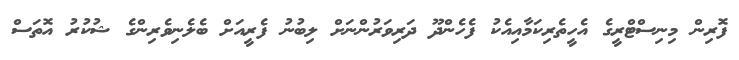
ފޮރިން މިނިސްޓްރީގެ އެހީތެރިކަމާއިއެކު ފެހެންދޫ ދަރިވަރުންނަށް ލިބުނު ފެރީއަށް ބެލެނިވެރިންގެ ޝުކުރު އޮތަސް